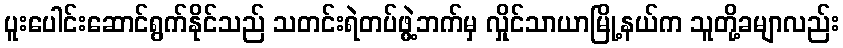
ပူးပေါင်းဆောင်ရွက်နိုင်သည် သတင်းရဲတပ်ဖွဲ့ဘက်မှ လှိုင်သာယာမြို့နယ်က သူတို့ခမျာလည်း